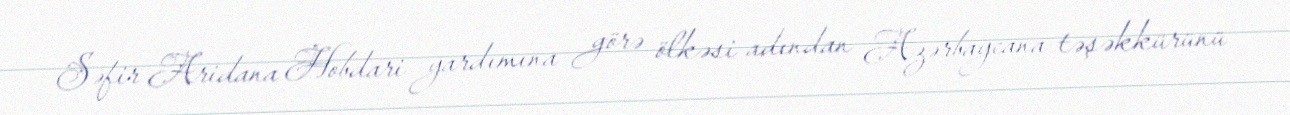
Səfir Aridana Hobdari yardımına görə ölkəsi adından Azərbaycana təşəkkürünü